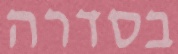
בסדרה